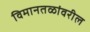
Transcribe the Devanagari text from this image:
विमानतळांवरील